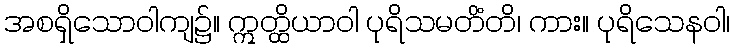
အစရှိသောဝါကျ၌။ ဣတ္ထိယာဝါ ပုရိသမတိံတိ၊ ကား။ ပုရိသေနဝါ၊